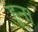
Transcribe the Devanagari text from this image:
हून।